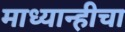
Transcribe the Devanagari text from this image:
माध्यान्हीचा